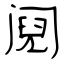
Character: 阋